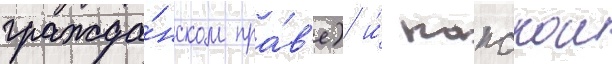
гражда́нском пра́в'е) и́ папскои